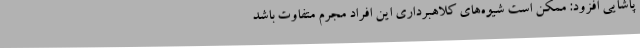
پاشایی افزود: ممکن است شیوه‌های کلاهبرداری این افراد مجرم متفاوت باشد